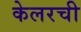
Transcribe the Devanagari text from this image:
केलरची